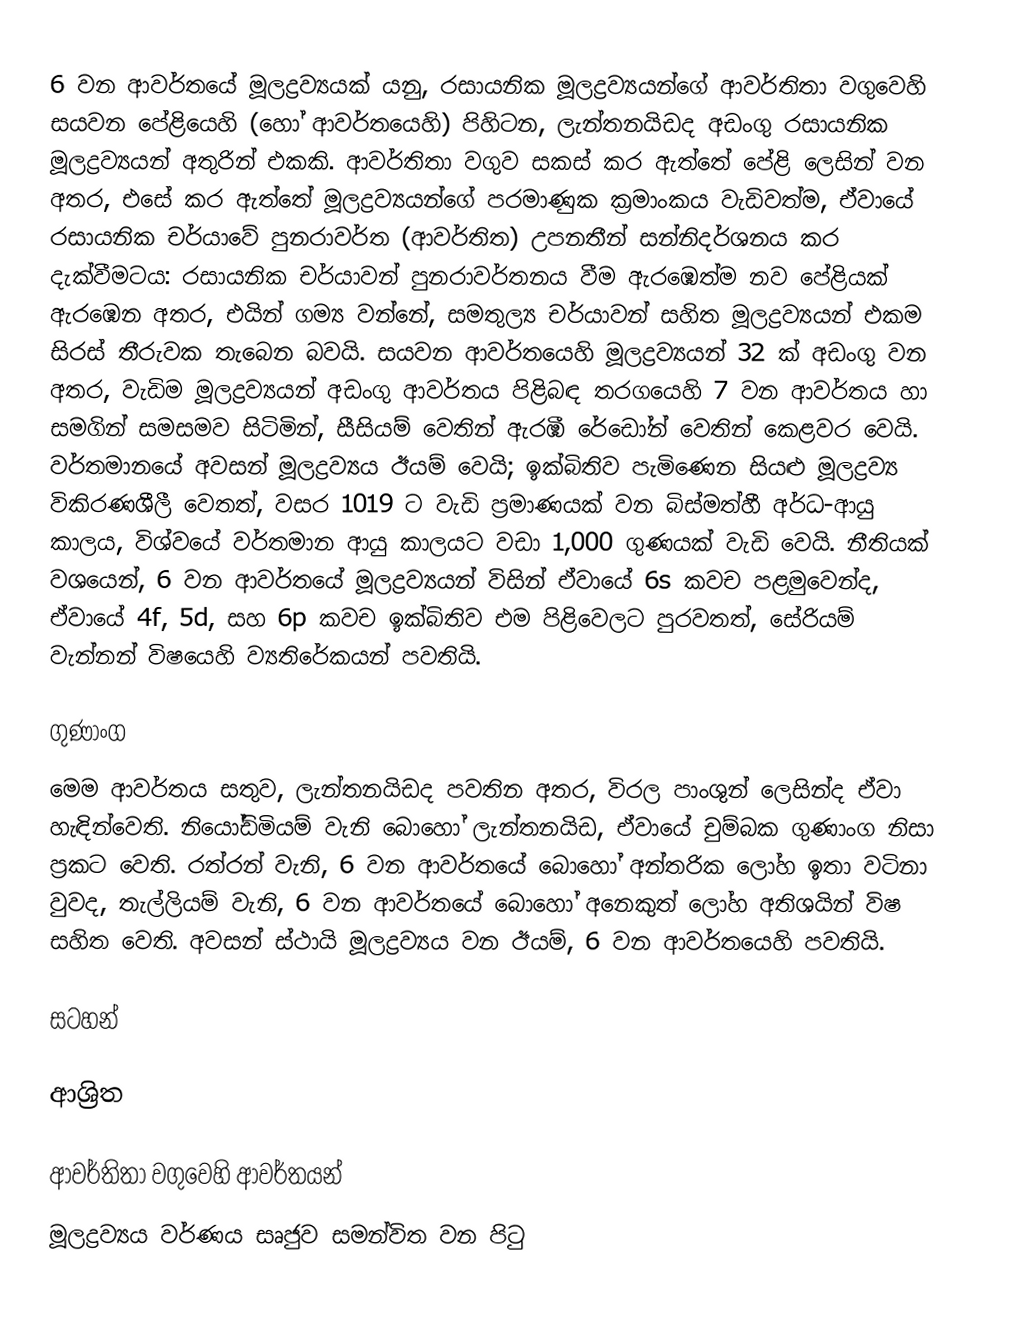
6 වන ආවර්තයේ මූලද්‍රව්‍යයක් යනු, රසායනික මූලද්‍රව්‍යයන්ගේ ආවර්තිතා වගුවෙහි සයවන පේළියෙහි (හෝ ආවර්තයෙහි) පිහිටන,  ලැන්තනයිඩද අඩංගු රසායනික මූලද්‍රව්‍යයන් අතුරින් එකකි. ආවර්තිතා වගුව සකස් කර ඇත්තේ පේළි ලෙසින් වන අතර, එසේ කර ඇත්තේ මූලද්‍රව්‍යයන්ගේ පරමාණුක ක්‍රමාංකය වැඩිවත්ම, ඒවායේ රසායනික චර්යාවේ පුනරාවර්ත (ආවර්තිත)  උපනතීන් සන්නිදර්ශනය කර දැක්වීමටය: රසායනික චර්යාවන් පුනරාවර්තනය වීම ඇරඹෙත්ම නව පේළියක් ඇරඹෙන අතර, එයින් ගම්‍ය වන්නේ, සමතුල්‍ය චර්යාවන් සහිත මූලද්‍රව්‍යයන් එකම සිරස් තීරුවක තැබෙන බවයි. සයවන ආවර්තයෙහි මූලද්‍රව්‍යයන් 32 ක් අඩංගු වන අතර, වැඩිම මූලද්‍රව්‍යයන් අඩංගු ආවර්තය පිළිබඳ තරගයෙහි   7 වන ආවර්තය හා සමගින් සමසමව සිටිමින්, සීසියම් වෙතින් ඇරඹී  රේඩෝන් වෙතින් කෙළවර වෙයි. වර්තමානයේ අවසන් මූලද්‍රව්‍යය ඊයම් වෙයි; ඉක්බිතිව පැමිණෙන සියළු මූලද්‍රව්‍ය විකිරණශීලී වෙතත්, වසර  1019 ට වැඩි ප්‍රමාණයක් වන බිස්මත්හී අර්ධ-ආයු කාලය, විශ්වයේ වර්තමාන ආයු කාලයට වඩා 1,000 ගුණයක් වැඩි වෙයි. නීතියක් වශයෙන්, 6 වන ආවර්තයේ මූලද්‍රව්‍යයන් විසින් ඒවායේ 6s කවච පළමුවෙන්ද, ඒවායේ 4f, 5d, සහ 6p කවච ඉක්බිතිව එම පිළිවෙලට පුරවතත්, සේරියම් වැන්නන් විෂයෙහි ව්‍යතිරේකයන් පවතියි.

ගුණාංග
මෙම ආවර්තය සතුව,  ලැන්තනයිඩද  පවතින අතර, විරල පාංශුන් ලෙසින්ද ඒවා හැඳින්වෙති. නියෝඩිමියම් වැනි බොහෝ ලැන්තනයිඩ, ඒවායේ චුම්බක ගුණාංග නිසා ප්‍රකට වෙති. රත්රන් වැනි,  6 වන ආවර්තයේ බොහෝ අන්තරික ලෝහ ඉතා වටිනා වුවද, තැල්ලියම් වැනි, 6 වන ආවර්තයේ බොහෝ අනෙකුත් ලෝහ අතිශයින් විෂ සහිත වෙති. අවසන් ස්ථායි මූලද්‍රව්‍යය වන ඊයම්, 6 වන ආවර්තයෙහි පවතියි.

සටහන්

ආශ්‍රිත

ආවර්තිතා වගුවෙහි ආවර්තයන්
 මූලද්‍රව්‍යය වර්ණය සෘජුව සමන්විත වන පිටු